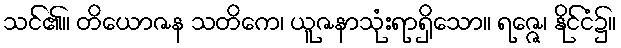
သင်၏။ တိယောဇန သတိကေ၊ ယူဇနာသုံးရာရှိသော။ ရဇ္ဇေ၊ နိုင်ငံ၌။